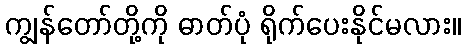
ကျွန်တော်တို့ကို ဓာတ်ပုံ ရိုက်ပေးနိုင်မလား။